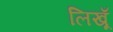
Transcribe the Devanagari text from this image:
लिखूँ